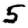
Digit: 5